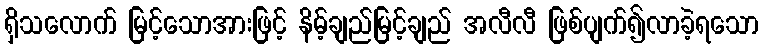
ရှိသလောက် မြင့်သောအားဖြင့် နိမ့်ချည်မြင့်ချည် အလီလီ ဖြစ်ပျက်၍လာခဲ့ရသော